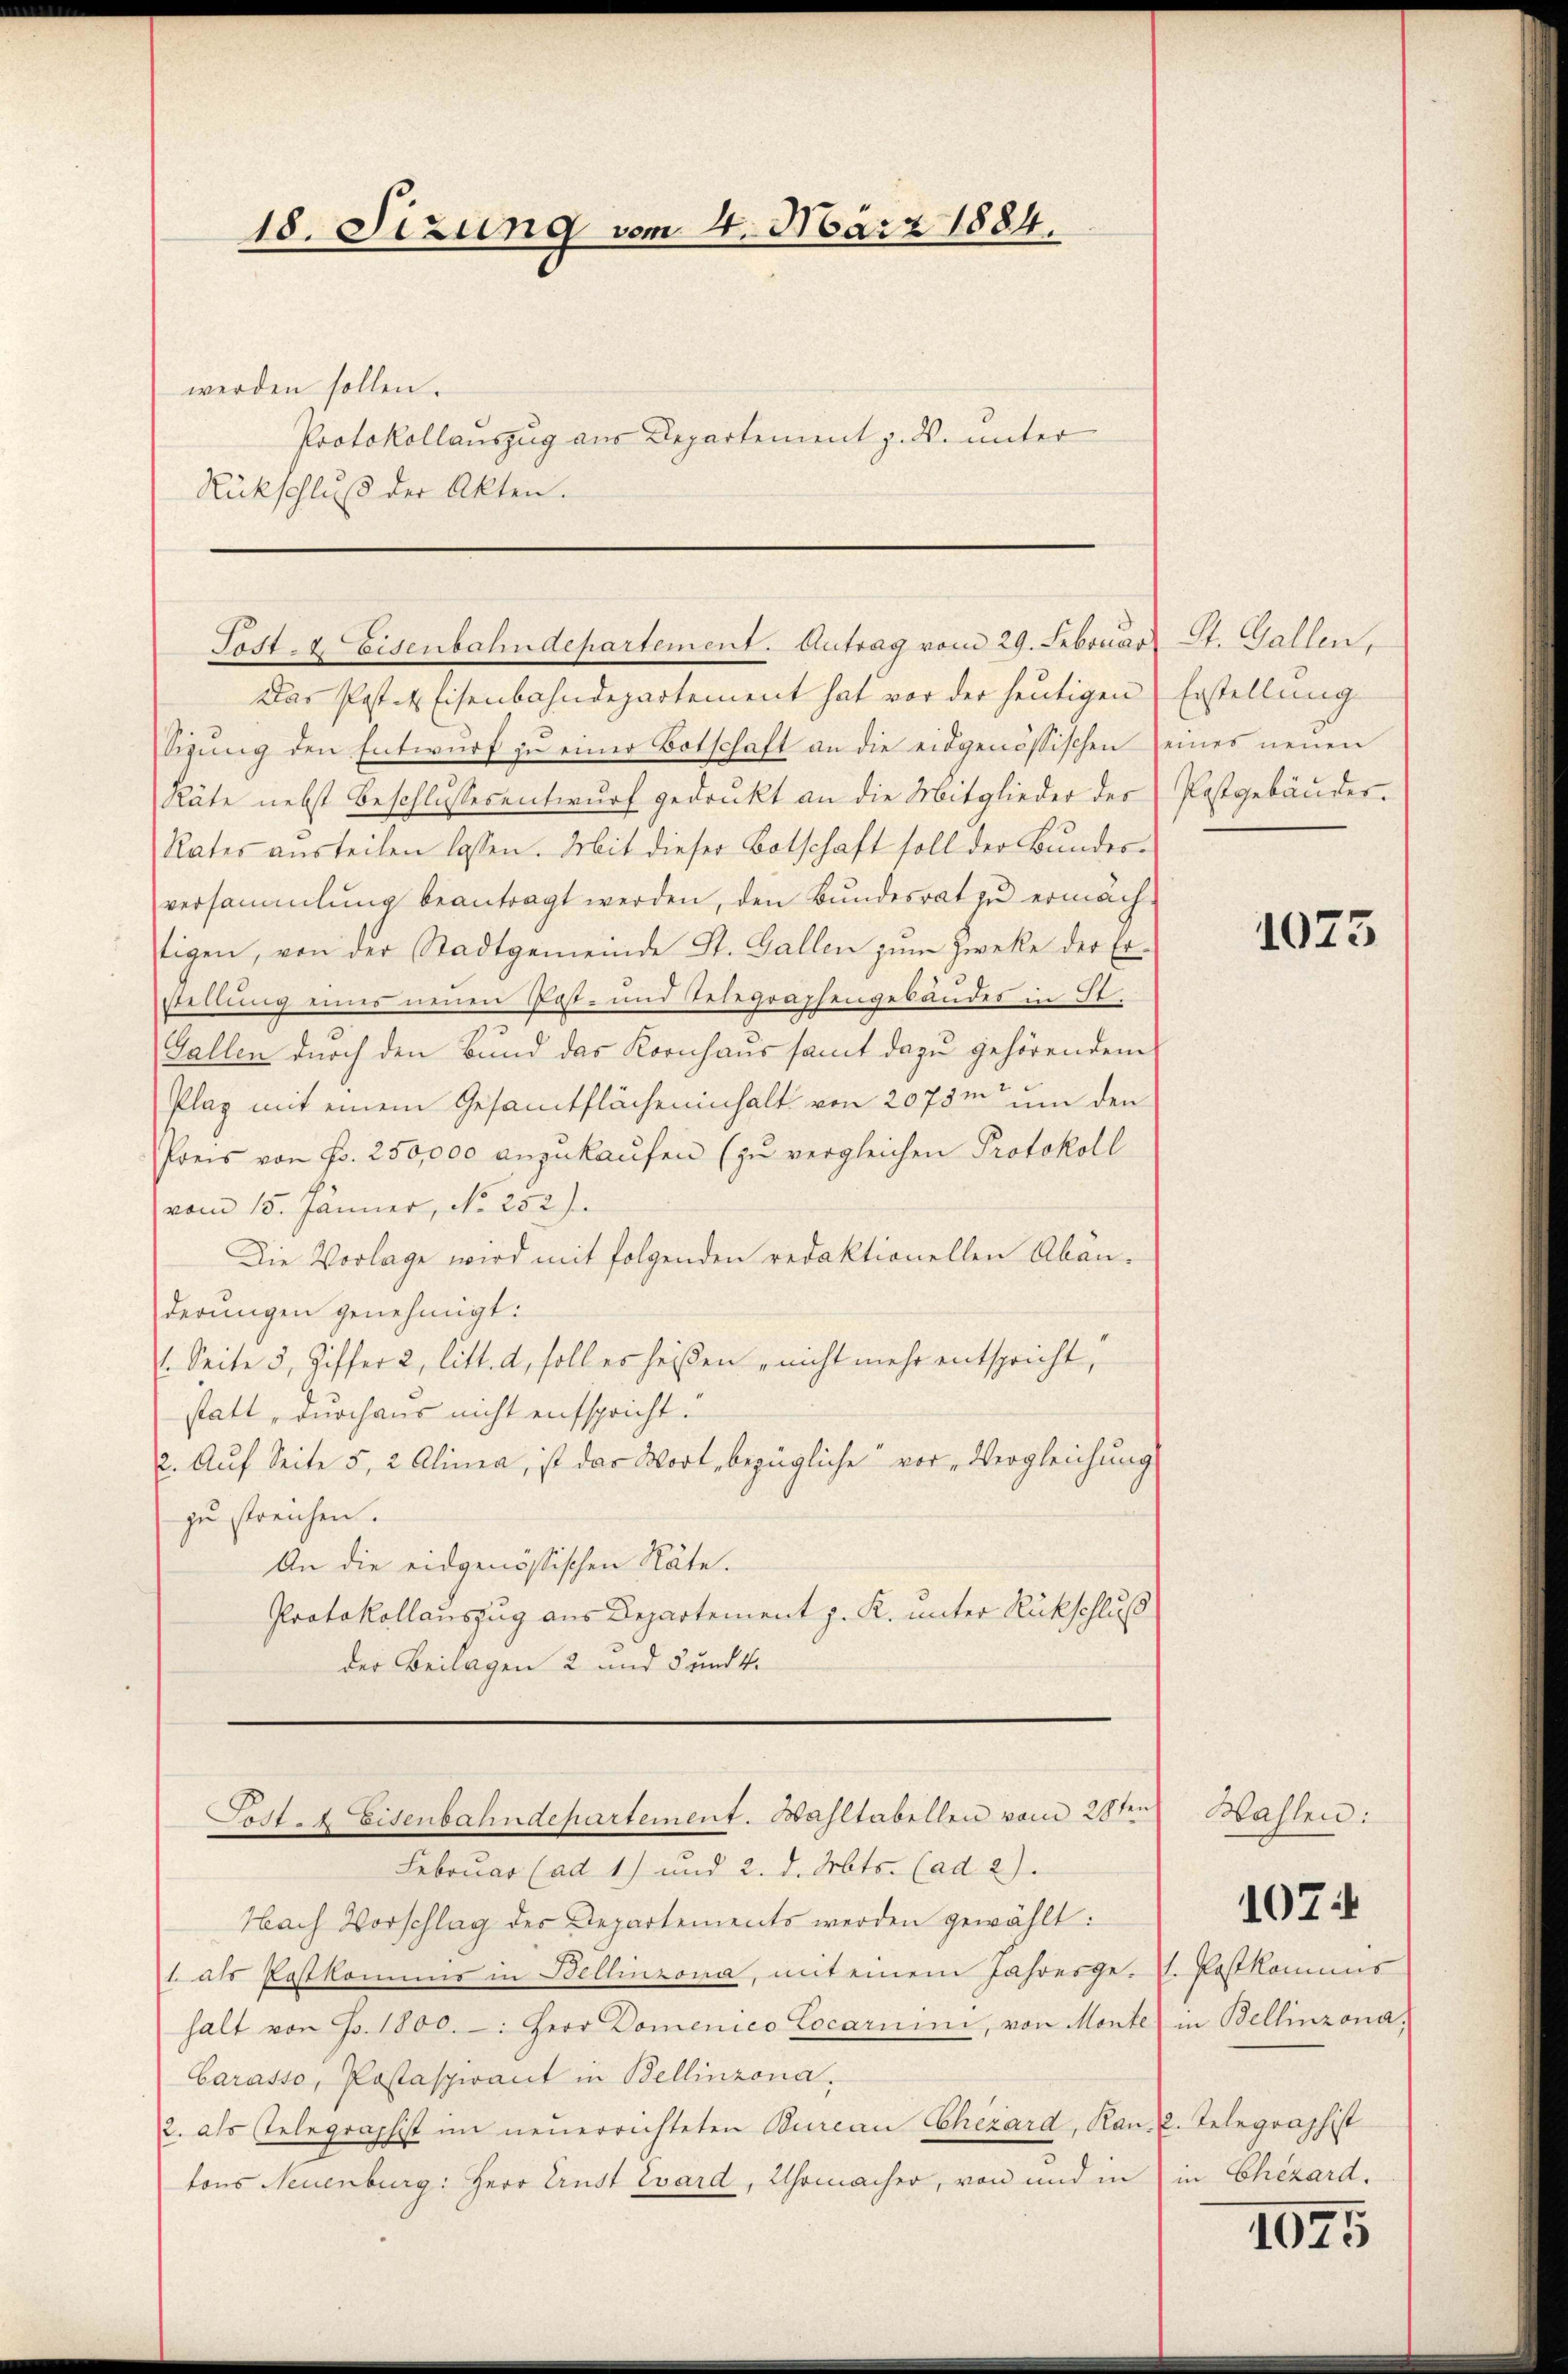
18. Sizung vom 4. März 1884.
werden sollen.
Protokollauszug aus Departement z. B. unter
Rückschluß der Akten.

Sost- & Eisenbahndepartement. Antrag vom 29. Februar St. Gallen,

Das Post 4 Eisenbahndepartement hat vor der heutigen
Sigŭng den Entwŭrf zŭ einer Botschaft an die eidgenössischen seines neŭen
Räte nebst Beschlussesentwurf gedrukt an die Mitglieder des Postgebäudes.
Rates austeilen lassen. Mit dieser Botschaft soll der Bundesversammlung beantragt werden, den Bŭndesrat zŭ ermäch-
tigen, von der Stadtgemeinde St. Gallen zum Zwecke der Er-
stellung eines neuen Past- und Telegraphengebäudes in St.
Gallen durch den Bund das Kornhaus samt dazu gehörendem
Plaz mit einem Gesamtflächeninhalt von 2075m um den
Preis von Fr. 250,000 anzukaufen (zu vergleichen Protokoll
vom 15. Jänner, No 252)
Die Vorlage wird mit folgenden redaktionellen Abänderungen genehmigt:
1. Seite 5, Ziffer 2, litt. d, soll es heißen nicht mehr entspricht,
statt „durchaus nicht entspricht.
2. Auf Seite 5, 2 Alinea, ist das Wort, bezügliche vor Vergleichung
zu streichen.
An die eidgenössischen Räte.
Protokollauszug aus Departement z. K. unter Rückschluß
der Beilagen 2 und 5 und 4.

Fost. Eisenbahndepartement. Wahltabellen vom 28ten

Februar (ad 1) und 2. d. Mts. (ad 2).
Hach Vorschlag des Departements werden gewählt:
1. als Postkommis in Bellinzona, mit einem Jahresge-. Postkommis
halt von J. 1800. -: Herr Domenico Locarnini, von Monte in Bellinzona.
Carasso, Postaspirant in Bellinzona.
2. als stelegraphist im neuerrichteten Bureau Chezard, Kan. 2. Telegraphist
tons Neuenburg: Herr Ernst Evard, Uhrmacher, von und in

Erstellung

1073

Wahlen:

107

in Chizard.

1025